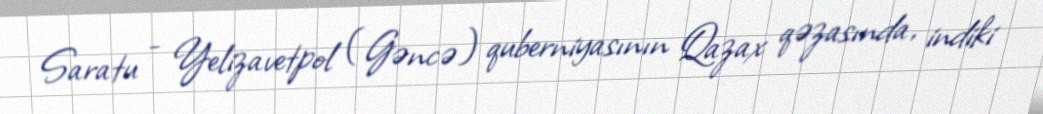
Saratu - Yelizavetpol (Gəncə) quberniyasının Qazax qəzasında, indiki